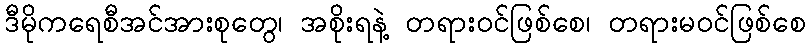
ဒီမိုကရေစီအင်အားစုတွေ၊ အစိုးရနဲ့ တရားဝင်ဖြစ်စေ၊ တရားမဝင်ဖြစ်စေ